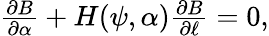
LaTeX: \begin{array}{r}{\frac{\partial B}{\partial\alpha}+H(\psi,\alpha)\frac{\partial B}{\partial\ell}=0,}\end{array}